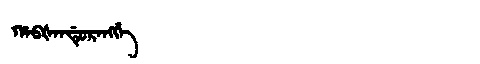
Manchu: ᡥᠠᠪᡧᠠᠨᡩᡠᡵᠠᠩᡤᡝ
Romanization: HABŠANDURANGGE